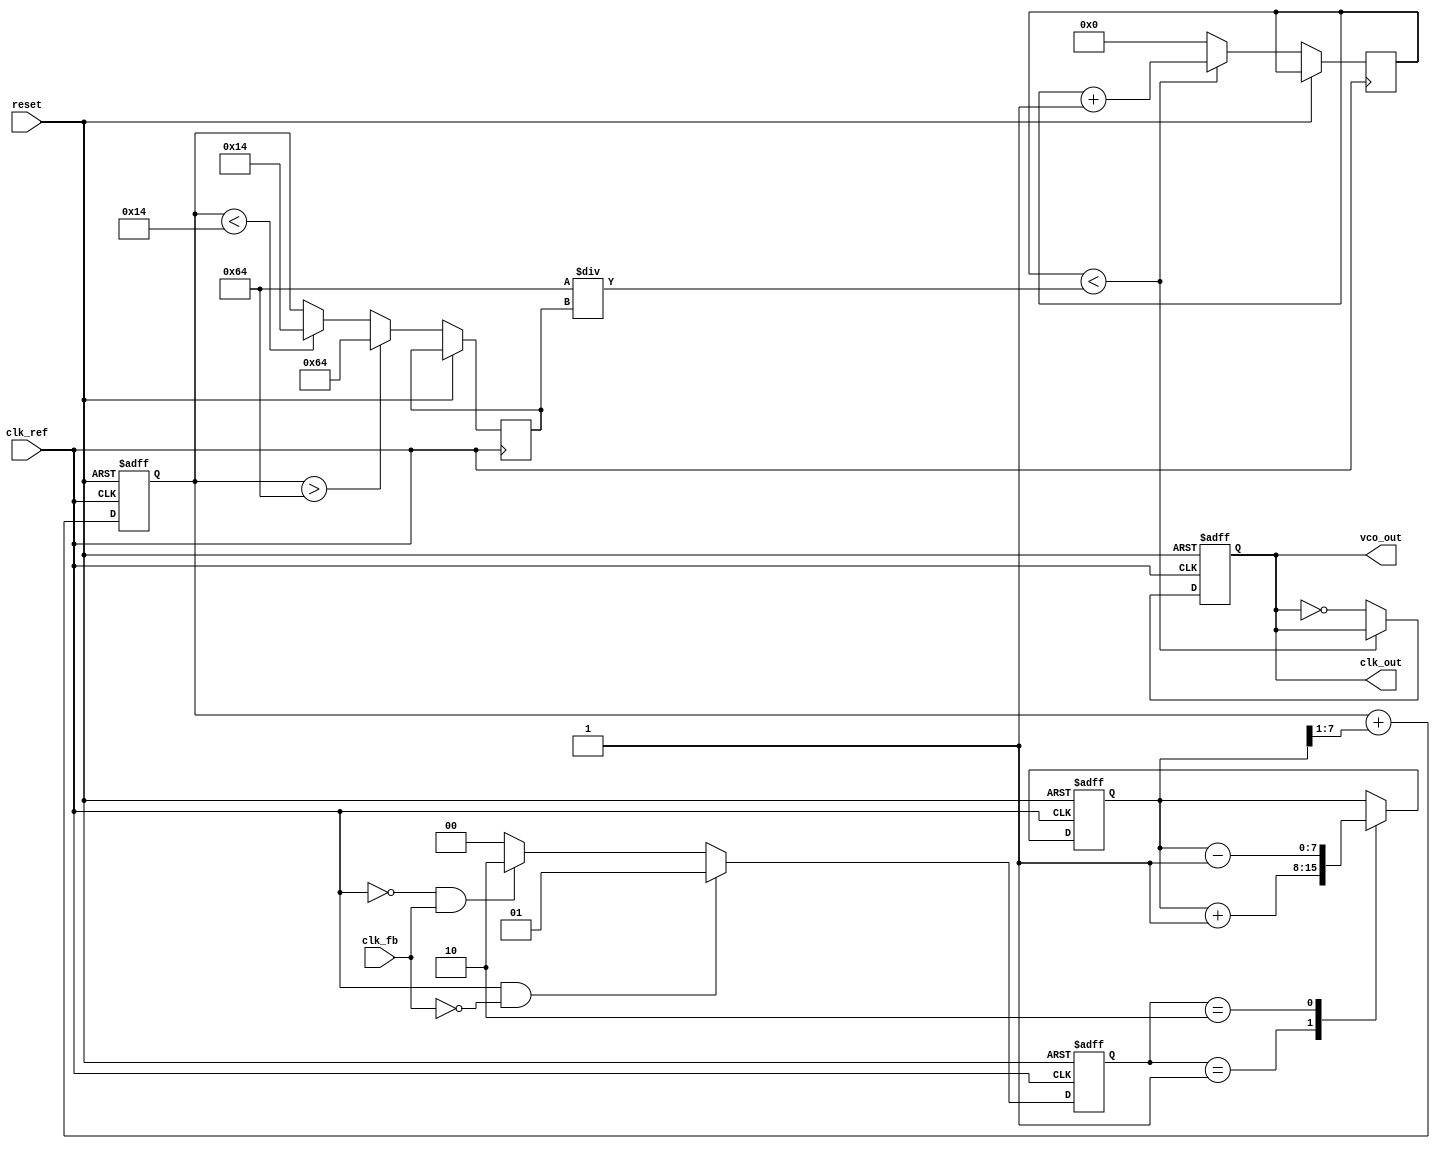
module CP_PLL (
    input wire clk_ref,            // Reference clock input
    input wire clk_fb,             // Feedback clock input from VCO
    input wire reset,              // Asynchronous reset
    output reg clk_out,            // Output clock from VCO
    output wire vco_out            // VCO output
);

// Parameters
parameter N = 4;                  // Division ratio for feedback
parameter CP_CURRENT = 1;         // Charge pump current
parameter VCO_MAX_FREQ = 100;     // Max frequency for VCO
parameter VCO_MIN_FREQ = 20;      // Min frequency for VCO

// Internal signals
reg [1:0] pfd_out;                // PFD output: 00 = no change, 01 = UP, 10 = DOWN
reg [7:0] charge_voltage;          // Charge voltage from charge pump
reg [7:0] loop_filter_out;         // Output of loop filter
reg [7:0] vco_control;             // Control voltage for VCO
reg [3:0] divider_count;           // Divider counter for feedback
reg vco_running;                   // VCO running flag

// Phase Frequency Detector (PFD)
always @(posedge clk_ref or posedge reset) begin
    if (reset) begin
        pfd_out <= 2'b00;
    end else if (clk_ref && !clk_fb) begin
        pfd_out <= 2'b01; // UP
    end else if (!clk_ref && clk_fb) begin
        pfd_out <= 2'b10; // DOWN
    end else begin
        pfd_out <= 2'b00; // No change
    end
end

// Charge Pump
always @(posedge clk_ref or posedge reset) begin
    if (reset) begin
        charge_voltage <= 8'b00000000;
    end else begin
        case (pfd_out)
            2'b01: charge_voltage <= charge_voltage + CP_CURRENT; // UP
            2'b10: charge_voltage <= charge_voltage - CP_CURRENT; // DOWN
            default: charge_voltage <= charge_voltage; // No change
        endcase
    end
end

// Loop Filter (simple first-order filter)
always @(posedge clk_ref or posedge reset) begin
    if (reset) begin
        loop_filter_out <= 8'b00000000;
    end else begin
        loop_filter_out <= loop_filter_out + (charge_voltage >> 1); // Simple averaging
    end
end

// Voltage-Controlled Oscillator (VCO)
always @(posedge clk_ref or posedge reset) begin
    if (reset) begin
        vco_running <= 0;
        clk_out <= 0;
    end else begin
        if (loop_filter_out > VCO_MAX_FREQ) 
            vco_control <= VCO_MAX_FREQ;
        else if (loop_filter_out < VCO_MIN_FREQ) 
            vco_control <= VCO_MIN_FREQ;
        else 
            vco_control <= loop_filter_out;

        // Generate clk_out based on vco_control
        // Implement a simple frequency divider for VCO output simulation
        if (divider_count < (VCO_MAX_FREQ / vco_control)) begin
            divider_count <= divider_count + 1;
        end else begin
            clk_out <= ~clk_out; // Toggle output clock
            divider_count <= 0;
        end
    end
end

assign vco_out = clk_out; // Output from VCO

endmodule